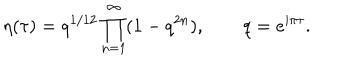
\eta ( \tau ) = q ^ { 1 / 1 2 } \prod _ { n = 1 } ^ { \infty } ( 1 - q ^ { 2 n } ) , \qquad q = e ^ { { i \pi \tau } } .